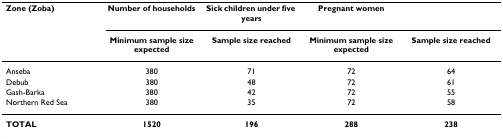
| Zone (Zoba) | Number of households | Sick children under five years | Pregnant women |  |
 |  | Minimum sample size expected | Sample size reached | Minimum sample size expected | Sample size reached |
 | --- | --- | --- | --- | --- |
 | Anseba | 380 | 71 | 72 | 64 |
 | Debub | 380 | 48 | 72 | 61 |
 | Gash-Barka | 380 | 42 | 72 | 55 |
 | Northern Red Sea | 380 | 35 | 72 | 58 |
 | TOTAL | 1520 | 196 | 288 | 238 |